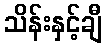
သိန်းနှင့်ချီ